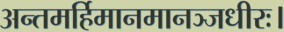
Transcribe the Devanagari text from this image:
अन्तमर्हिमानमानञ्जधीरः।